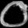
Digit: ၀